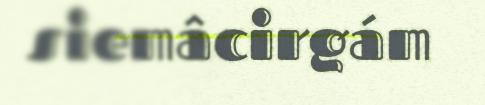
siemâcirgám